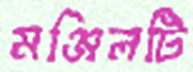
মঞ্জিলটি